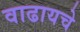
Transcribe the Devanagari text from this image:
वाढायचे